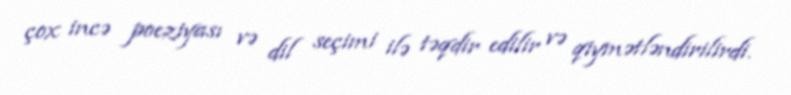
çox incə poeziyası və dil seçimi ilə təqdir edilir və qiymətləndirilirdi.